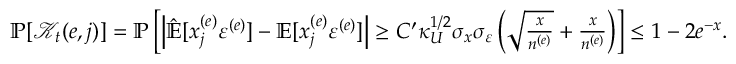
\begin{array} { r } { \mathbb { P } [ \mathcal { K } _ { t } ( e , j ) ] = \mathbb { P } \left[ \left| \hat { \mathbb { E } } [ x _ { j } ^ { ( e ) } \varepsilon ^ { ( e ) } ] - \mathbb { E } [ x _ { j } ^ { ( e ) } \varepsilon ^ { ( e ) } ] \right| \ge C ^ { \prime } \kappa _ { U } ^ { 1 / 2 } \sigma _ { x } \sigma _ { \varepsilon } \left( \sqrt { \frac { x } { n ^ { ( e ) } } } + \frac { x } { n ^ { ( e ) } } \right) \right] \le 1 - 2 e ^ { - x } . } \end{array}